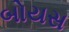
બોયસ